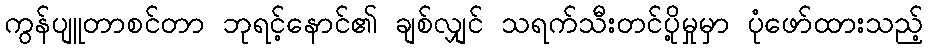
ကွန်ပျူတာစင်တာ ဘုရင့်နောင်၏ ချစ်လျှင် သရက်သီးတင်ပို့မှုမှာ ပုံဖော်ထားသည့်